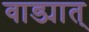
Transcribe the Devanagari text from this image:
वाड्यात्